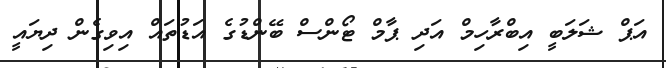
އަޕް ޝަލަބީ އިބްރާހިމް އަދި ޕާމް ޓޯންސް ބޭންޑުގެ އަޑުތައް އިވިގެން ދިޔައީ